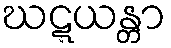
ဃဋ္ဋယန္တာ